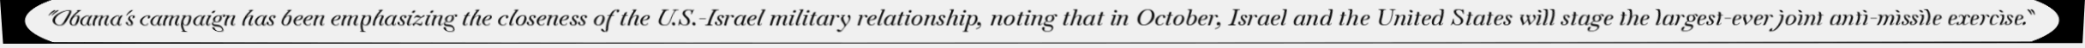
"Obama's campaign has been emphasizing the closeness of the U.S.-Israel military relationship, noting that in October, Israel and the United States will stage the largest-ever joint anti-missile exercise."